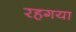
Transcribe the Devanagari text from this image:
रहगया